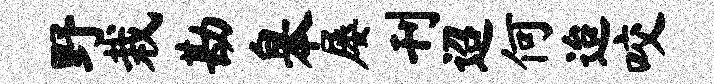
野栽勘皋屡刊迢何迨咬